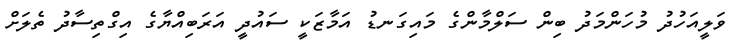
ވަލީއަހުދު މުހަންމަދު ބިން ސަލްމާންގެ މައިގަނޑު އަމާޒަކީ ސައުދީ އަރަބިއްޔާގެ އިގްތިސާދު ތެލަށް